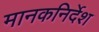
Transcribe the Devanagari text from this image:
मानकनिर्देश